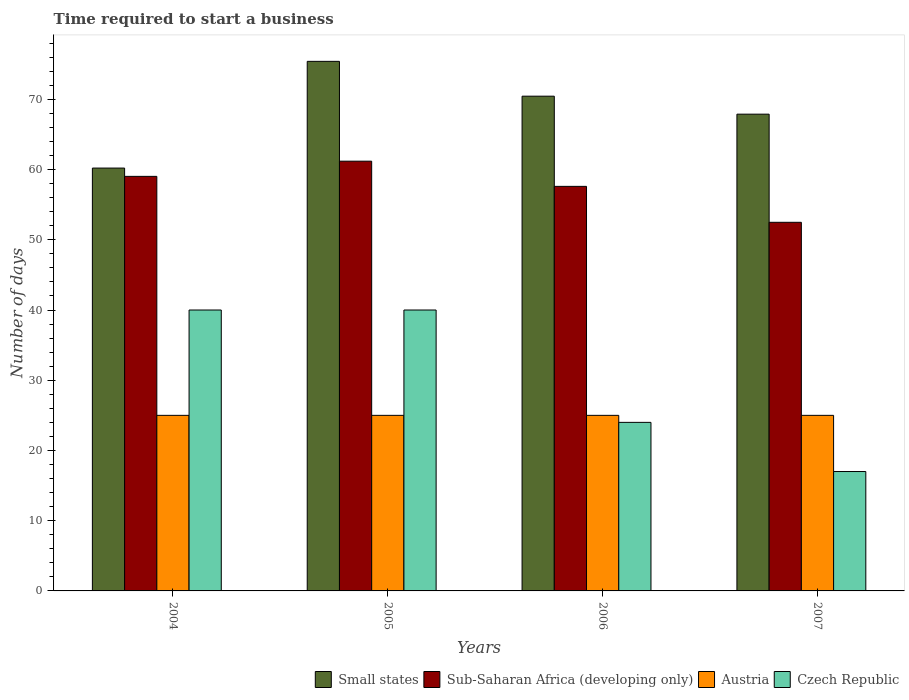
| Years | Small states | Sub-Saharan Africa (developing only) | Austria | Czech Republic |
 | --- | --- | --- | --- | --- |
 | 2004 | 60.2 | 59 | 25 | 40 |
 | 2005 | 75.4 | 61.2 | 25 | 40 |
 | 2006 | 70.4 | 57.6 | 25 | 24 |
 | 2007 | 67.9 | 52.5 | 25 | 17 |